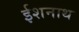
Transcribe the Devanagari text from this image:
ईशनाथ